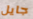
جايل